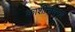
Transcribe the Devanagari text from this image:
काशीनाथराव